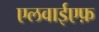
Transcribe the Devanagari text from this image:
एलवाईएफ़